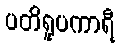
ပတိရူပကာရီ